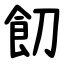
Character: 䬢